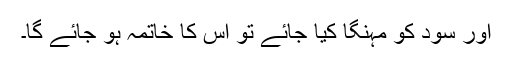
اور سود کو مہنگا کیا جائے تو اس کا خاتمہ ہو جائے گا۔